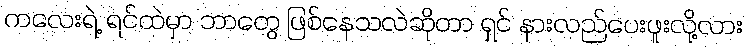
ကလေးရဲ့ ရင်ထဲမှာ ဘာတွေ ဖြစ်နေသလဲဆိုတာ ရှင် နားလည်ပေးဖူးလို့လား